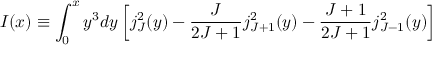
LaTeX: I ( x ) \equiv \int _ { 0 } ^ { x } y ^ { 3 } d y \left[ j _ { J } ^ { 2 } ( y ) - \frac { J } { 2 J + 1 } j _ { J + 1 } ^ { 2 } ( y ) - \frac { J + 1 } { 2 J + 1 } j _ { J - 1 } ^ { 2 } ( y ) \right]